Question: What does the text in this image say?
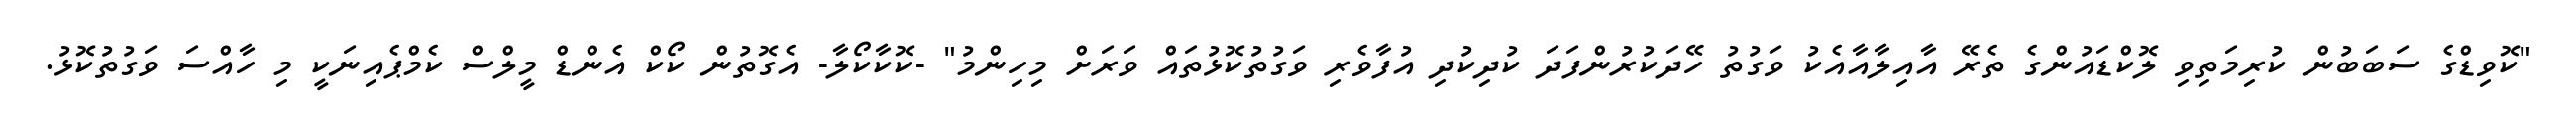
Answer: "ކޮވިޑްގެ ސަބަބުން ކުރިމަތިވި ލޮކްޑައުންގެ ތެރޭ އާއިލާއާއެކު ވަގުތު ހޭދަކުރުންފަދަ ކުދިކުދި އުފާވެރި ވަގުތުކޮޅުތައް ވަރަށް މިހިންމު" -ކޮކާކޯލާ- އެގޮތުން ކޯކް އެންޑް މީލްސް ކެމްޕެއިނަކީ މި ހާއްސަ ވަގުތުކޮޅު.